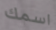
اسمك